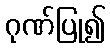
ဂုဏ်ပြု၍